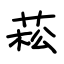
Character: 菘